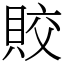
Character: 賋